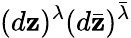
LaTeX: (d\mathbf{z})^{\lambda}(d\bar{{\mathbf{z}}})^{\bar{{\lambda}}}